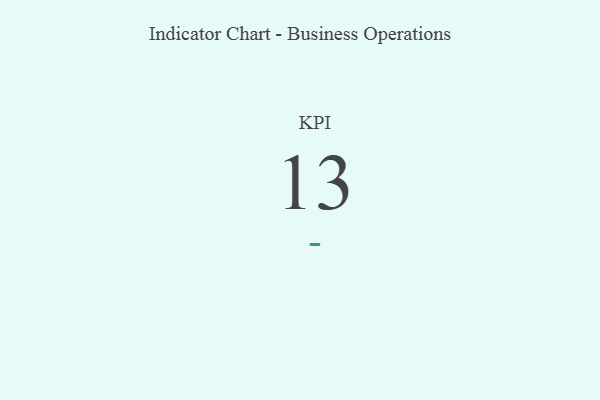
{"axis": {"x": "KPI", "y": "Value"}, "legend": [""], "data": [{"x": "KPI", "y": 13, "type": ""}]}